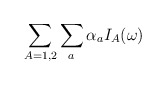
\begin{align*}\sum_{A=1,2} \sum_{a} \alpha_a I_A(\omega) \end{align*}